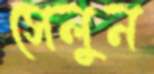
সেলুন